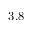
3 . 8